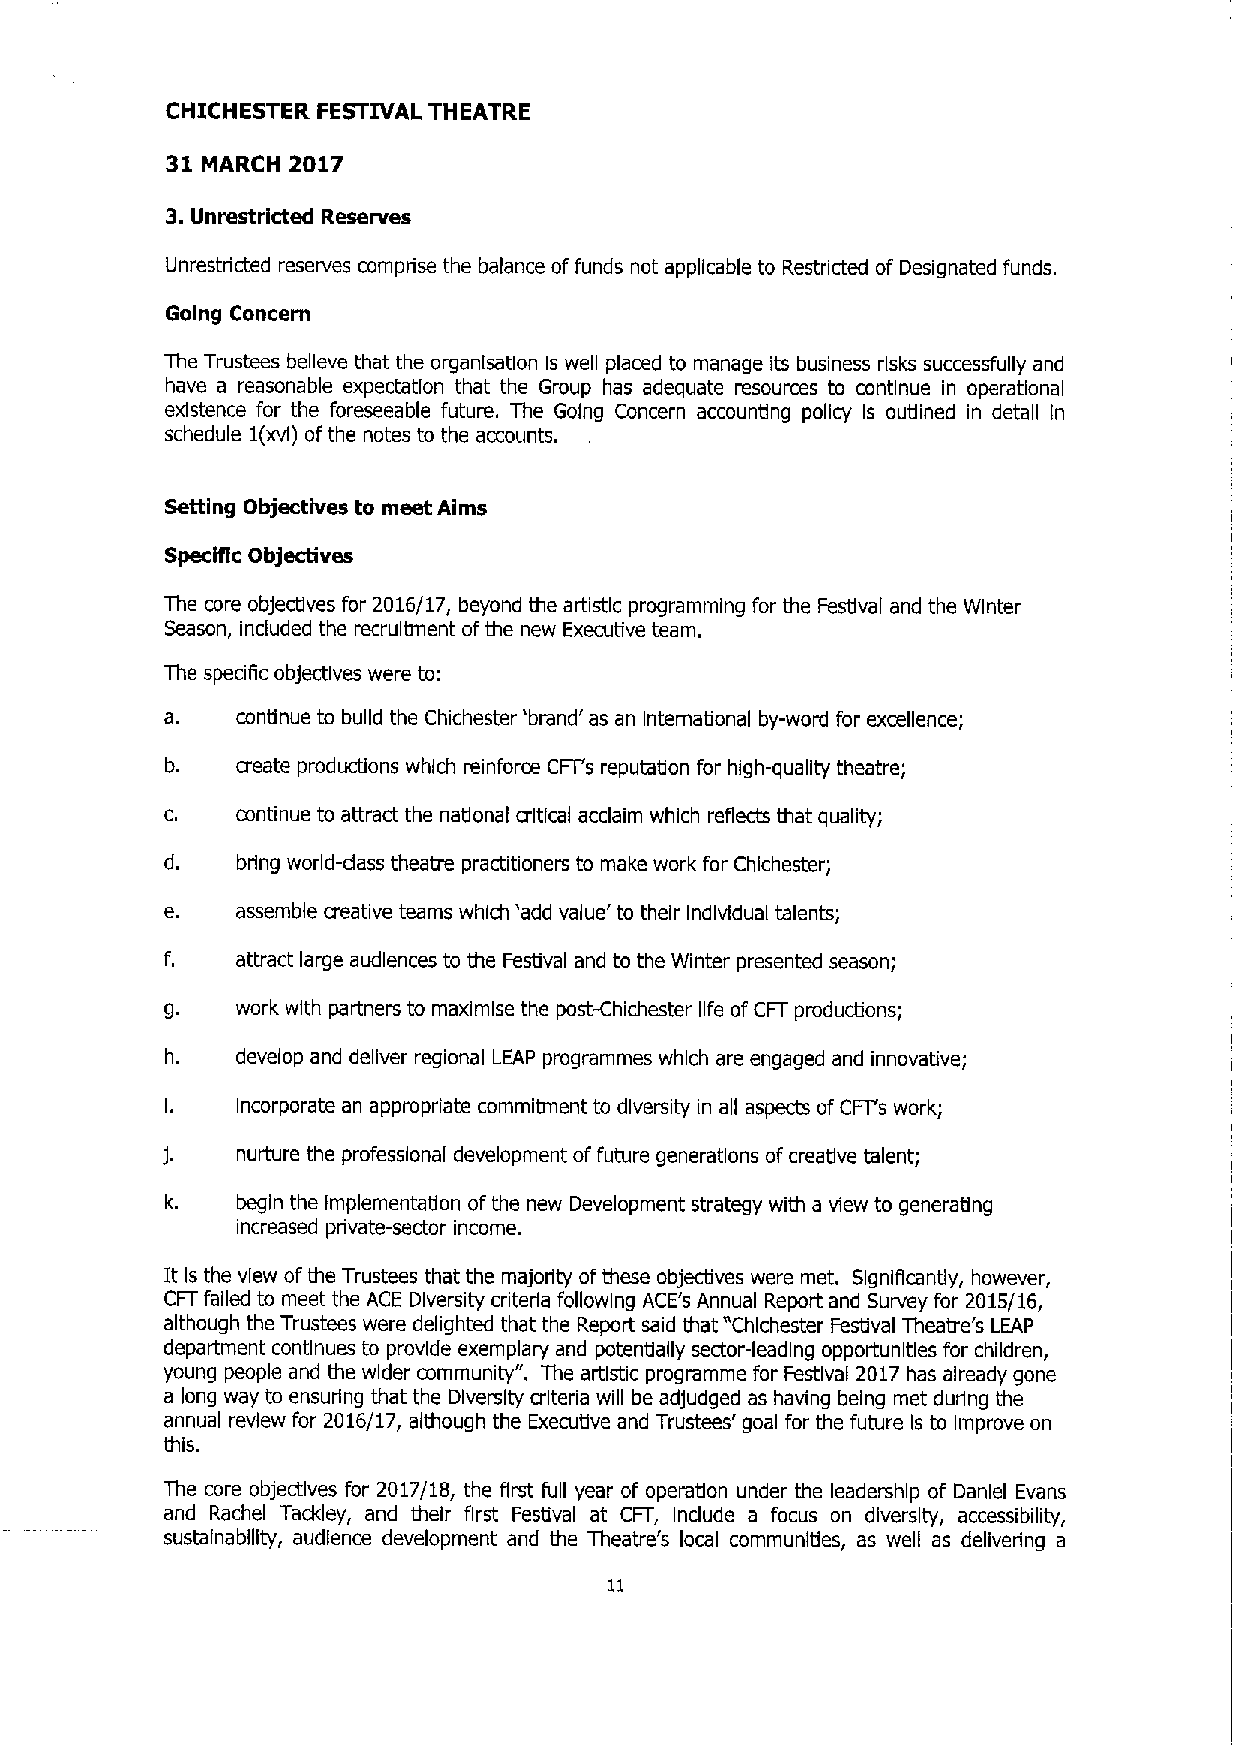
CHICHESTER FESTIVAL THEATRE
 31 MARCH 2017
 3.Unrestricted Reserves
 Unrestricted reserves comprise the balance offunds not applicable to Restricted of Designated funds.
 Going Concern
 The Trustees believe that the organisation Is well placed to manage its business risks successfully and
 have a reasonable expectatlon that the Group has adequate resources to continue in operational
 existence for the foreseeable future. The Going Concern accounting policy Is oudined in detail ln
 schedule 1(xvi) ofthe notes to the accounts.
 Setting Objectives to meet Aims
 SpecMc Objectives
 The core objectives for 2016/17, beyond the artistic programming for the Festival and the Winter
 Season, included the recruitment ofthe new Executive team.
 The speciRc objectives were to:
 a.   continue to build the Chichester 'brand' as an International by-word for excellence;
 b.   create productions which reinforce CFTs reputation for high-quality theatre;
 c.   continue to attract the national critical acclaim which reflects that quality;
 d.   bring world-dass theatre practitioners to make work for Chichester;
 e.   assemble creative teams whl& 'add value' to their Individual talents;
 f.   attract large audiences to the Festival and to the Winter presented season;
 g.   work with partners to maximlse the post-Chichester life ofCFT productions;
 h.   develop and deliver regional LEAP programmes which are engaged and innovative;
 Incorporate an appropriate commitment to diversity in all aspects ofCFI s work;
 nurture the professional development offuture generations ofcreative talent;
 k.   begin the Implementadon ofthe new Development strategy with a view to generating
 increased private-sector income.
 It Is the view ofthe Trustees that the majority ofthese objectives were met. Significantly, however,
 CFTfailed to meet the ACE Diversity criteria following ACE's Annual Report and Survey for 2015/16,
 although the Trustees were delighted that the Report said that "Chlchester Festival Theatre's LEAP
 department continues to provide exemplary and potentially sector-leading opportunities for children,
 young people and the wider community". The artistic programme for Festival 2017has already gone
 a long way to ensuring that the Diversity criteria will be adjudged as having being met during the
 annual review for 2016/17, although the Executive and Trustees' goal for the future Is to Improve on
 this.
 The core objectives for 2017/18, the first full year of operation under the leadership of Daniel Evans
 and Rachel Tackley, and their first Festival at CFT, Indude a focus on diversity, accessibility,
 sustainablllty, audience development and the Theatre's local communities, as well as delivering a
 11